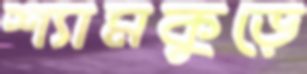
শ্যামকুড়ে